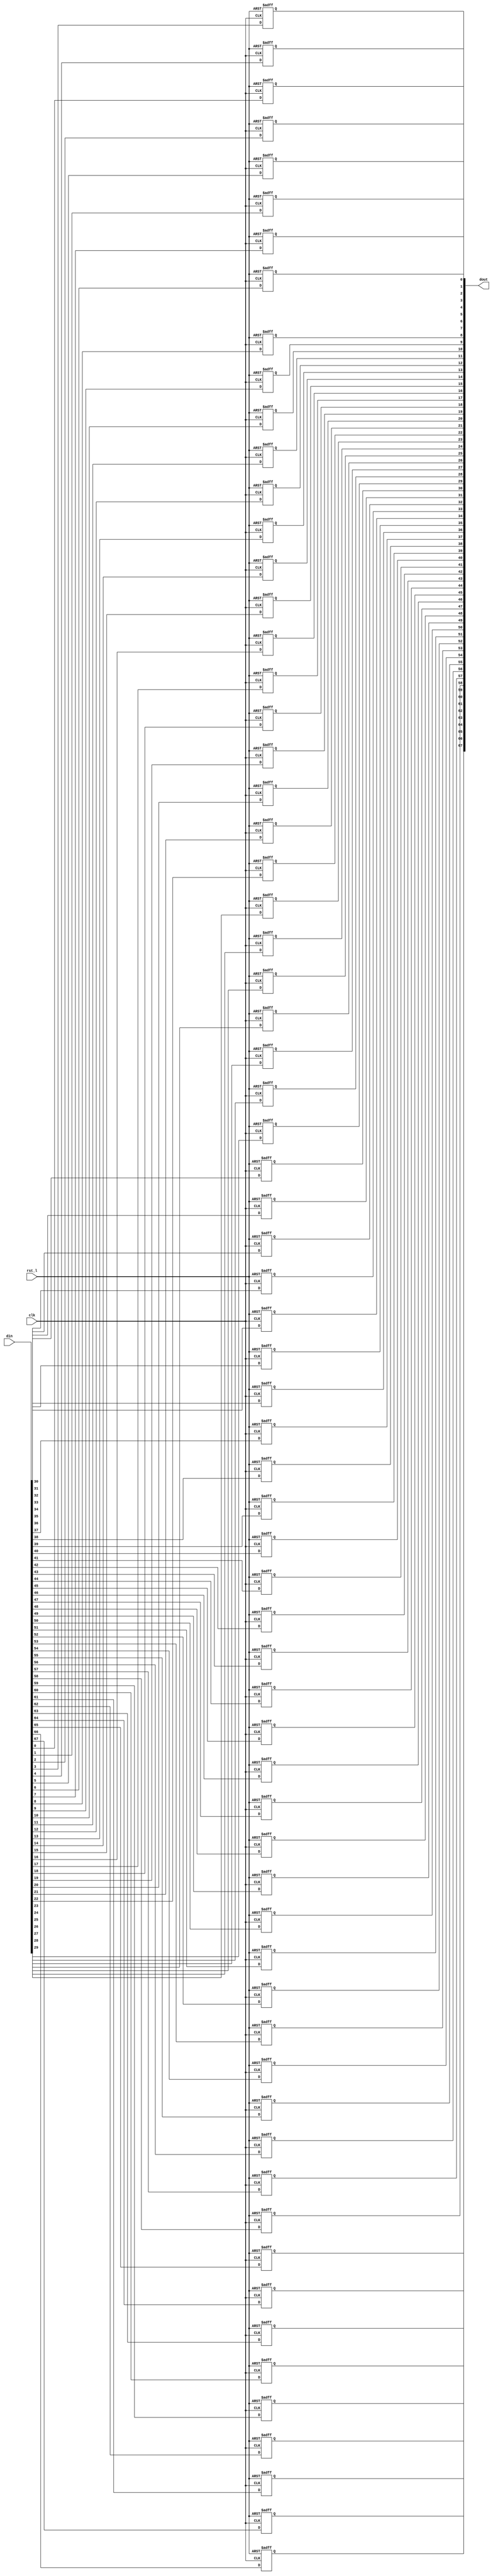
// This program was cloned from: https://github.com/NYU-MLDA/OpenABC
// License: BSD 3-Clause "New" or "Revised" License

module rvdff_WIDTH68
(
  din,
  clk,
  rst_l,
  dout
);

  input [67:0] din;
  output [67:0] dout;
  input clk;
  input rst_l;
  wire N0;
  reg [67:0] dout;

  always @(posedge clk or posedge N0) begin
    if(N0) begin
      dout[67] <= 1'b0;
    end else if(1'b1) begin
      dout[67] <= din[67];
    end
  end


  always @(posedge clk or posedge N0) begin
    if(N0) begin
      dout[66] <= 1'b0;
    end else if(1'b1) begin
      dout[66] <= din[66];
    end
  end


  always @(posedge clk or posedge N0) begin
    if(N0) begin
      dout[65] <= 1'b0;
    end else if(1'b1) begin
      dout[65] <= din[65];
    end
  end


  always @(posedge clk or posedge N0) begin
    if(N0) begin
      dout[64] <= 1'b0;
    end else if(1'b1) begin
      dout[64] <= din[64];
    end
  end


  always @(posedge clk or posedge N0) begin
    if(N0) begin
      dout[63] <= 1'b0;
    end else if(1'b1) begin
      dout[63] <= din[63];
    end
  end


  always @(posedge clk or posedge N0) begin
    if(N0) begin
      dout[62] <= 1'b0;
    end else if(1'b1) begin
      dout[62] <= din[62];
    end
  end


  always @(posedge clk or posedge N0) begin
    if(N0) begin
      dout[61] <= 1'b0;
    end else if(1'b1) begin
      dout[61] <= din[61];
    end
  end


  always @(posedge clk or posedge N0) begin
    if(N0) begin
      dout[60] <= 1'b0;
    end else if(1'b1) begin
      dout[60] <= din[60];
    end
  end


  always @(posedge clk or posedge N0) begin
    if(N0) begin
      dout[59] <= 1'b0;
    end else if(1'b1) begin
      dout[59] <= din[59];
    end
  end


  always @(posedge clk or posedge N0) begin
    if(N0) begin
      dout[58] <= 1'b0;
    end else if(1'b1) begin
      dout[58] <= din[58];
    end
  end


  always @(posedge clk or posedge N0) begin
    if(N0) begin
      dout[57] <= 1'b0;
    end else if(1'b1) begin
      dout[57] <= din[57];
    end
  end


  always @(posedge clk or posedge N0) begin
    if(N0) begin
      dout[56] <= 1'b0;
    end else if(1'b1) begin
      dout[56] <= din[56];
    end
  end


  always @(posedge clk or posedge N0) begin
    if(N0) begin
      dout[55] <= 1'b0;
    end else if(1'b1) begin
      dout[55] <= din[55];
    end
  end


  always @(posedge clk or posedge N0) begin
    if(N0) begin
      dout[54] <= 1'b0;
    end else if(1'b1) begin
      dout[54] <= din[54];
    end
  end


  always @(posedge clk or posedge N0) begin
    if(N0) begin
      dout[53] <= 1'b0;
    end else if(1'b1) begin
      dout[53] <= din[53];
    end
  end


  always @(posedge clk or posedge N0) begin
    if(N0) begin
      dout[52] <= 1'b0;
    end else if(1'b1) begin
      dout[52] <= din[52];
    end
  end


  always @(posedge clk or posedge N0) begin
    if(N0) begin
      dout[51] <= 1'b0;
    end else if(1'b1) begin
      dout[51] <= din[51];
    end
  end


  always @(posedge clk or posedge N0) begin
    if(N0) begin
      dout[50] <= 1'b0;
    end else if(1'b1) begin
      dout[50] <= din[50];
    end
  end


  always @(posedge clk or posedge N0) begin
    if(N0) begin
      dout[49] <= 1'b0;
    end else if(1'b1) begin
      dout[49] <= din[49];
    end
  end


  always @(posedge clk or posedge N0) begin
    if(N0) begin
      dout[48] <= 1'b0;
    end else if(1'b1) begin
      dout[48] <= din[48];
    end
  end


  always @(posedge clk or posedge N0) begin
    if(N0) begin
      dout[47] <= 1'b0;
    end else if(1'b1) begin
      dout[47] <= din[47];
    end
  end


  always @(posedge clk or posedge N0) begin
    if(N0) begin
      dout[46] <= 1'b0;
    end else if(1'b1) begin
      dout[46] <= din[46];
    end
  end


  always @(posedge clk or posedge N0) begin
    if(N0) begin
      dout[45] <= 1'b0;
    end else if(1'b1) begin
      dout[45] <= din[45];
    end
  end


  always @(posedge clk or posedge N0) begin
    if(N0) begin
      dout[44] <= 1'b0;
    end else if(1'b1) begin
      dout[44] <= din[44];
    end
  end


  always @(posedge clk or posedge N0) begin
    if(N0) begin
      dout[43] <= 1'b0;
    end else if(1'b1) begin
      dout[43] <= din[43];
    end
  end


  always @(posedge clk or posedge N0) begin
    if(N0) begin
      dout[42] <= 1'b0;
    end else if(1'b1) begin
      dout[42] <= din[42];
    end
  end


  always @(posedge clk or posedge N0) begin
    if(N0) begin
      dout[41] <= 1'b0;
    end else if(1'b1) begin
      dout[41] <= din[41];
    end
  end


  always @(posedge clk or posedge N0) begin
    if(N0) begin
      dout[40] <= 1'b0;
    end else if(1'b1) begin
      dout[40] <= din[40];
    end
  end


  always @(posedge clk or posedge N0) begin
    if(N0) begin
      dout[39] <= 1'b0;
    end else if(1'b1) begin
      dout[39] <= din[39];
    end
  end


  always @(posedge clk or posedge N0) begin
    if(N0) begin
      dout[38] <= 1'b0;
    end else if(1'b1) begin
      dout[38] <= din[38];
    end
  end


  always @(posedge clk or posedge N0) begin
    if(N0) begin
      dout[37] <= 1'b0;
    end else if(1'b1) begin
      dout[37] <= din[37];
    end
  end


  always @(posedge clk or posedge N0) begin
    if(N0) begin
      dout[36] <= 1'b0;
    end else if(1'b1) begin
      dout[36] <= din[36];
    end
  end


  always @(posedge clk or posedge N0) begin
    if(N0) begin
      dout[35] <= 1'b0;
    end else if(1'b1) begin
      dout[35] <= din[35];
    end
  end


  always @(posedge clk or posedge N0) begin
    if(N0) begin
      dout[34] <= 1'b0;
    end else if(1'b1) begin
      dout[34] <= din[34];
    end
  end


  always @(posedge clk or posedge N0) begin
    if(N0) begin
      dout[33] <= 1'b0;
    end else if(1'b1) begin
      dout[33] <= din[33];
    end
  end


  always @(posedge clk or posedge N0) begin
    if(N0) begin
      dout[32] <= 1'b0;
    end else if(1'b1) begin
      dout[32] <= din[32];
    end
  end


  always @(posedge clk or posedge N0) begin
    if(N0) begin
      dout[31] <= 1'b0;
    end else if(1'b1) begin
      dout[31] <= din[31];
    end
  end


  always @(posedge clk or posedge N0) begin
    if(N0) begin
      dout[30] <= 1'b0;
    end else if(1'b1) begin
      dout[30] <= din[30];
    end
  end


  always @(posedge clk or posedge N0) begin
    if(N0) begin
      dout[29] <= 1'b0;
    end else if(1'b1) begin
      dout[29] <= din[29];
    end
  end


  always @(posedge clk or posedge N0) begin
    if(N0) begin
      dout[28] <= 1'b0;
    end else if(1'b1) begin
      dout[28] <= din[28];
    end
  end


  always @(posedge clk or posedge N0) begin
    if(N0) begin
      dout[27] <= 1'b0;
    end else if(1'b1) begin
      dout[27] <= din[27];
    end
  end


  always @(posedge clk or posedge N0) begin
    if(N0) begin
      dout[26] <= 1'b0;
    end else if(1'b1) begin
      dout[26] <= din[26];
    end
  end


  always @(posedge clk or posedge N0) begin
    if(N0) begin
      dout[25] <= 1'b0;
    end else if(1'b1) begin
      dout[25] <= din[25];
    end
  end


  always @(posedge clk or posedge N0) begin
    if(N0) begin
      dout[24] <= 1'b0;
    end else if(1'b1) begin
      dout[24] <= din[24];
    end
  end


  always @(posedge clk or posedge N0) begin
    if(N0) begin
      dout[23] <= 1'b0;
    end else if(1'b1) begin
      dout[23] <= din[23];
    end
  end


  always @(posedge clk or posedge N0) begin
    if(N0) begin
      dout[22] <= 1'b0;
    end else if(1'b1) begin
      dout[22] <= din[22];
    end
  end


  always @(posedge clk or posedge N0) begin
    if(N0) begin
      dout[21] <= 1'b0;
    end else if(1'b1) begin
      dout[21] <= din[21];
    end
  end


  always @(posedge clk or posedge N0) begin
    if(N0) begin
      dout[20] <= 1'b0;
    end else if(1'b1) begin
      dout[20] <= din[20];
    end
  end


  always @(posedge clk or posedge N0) begin
    if(N0) begin
      dout[19] <= 1'b0;
    end else if(1'b1) begin
      dout[19] <= din[19];
    end
  end


  always @(posedge clk or posedge N0) begin
    if(N0) begin
      dout[18] <= 1'b0;
    end else if(1'b1) begin
      dout[18] <= din[18];
    end
  end


  always @(posedge clk or posedge N0) begin
    if(N0) begin
      dout[17] <= 1'b0;
    end else if(1'b1) begin
      dout[17] <= din[17];
    end
  end


  always @(posedge clk or posedge N0) begin
    if(N0) begin
      dout[16] <= 1'b0;
    end else if(1'b1) begin
      dout[16] <= din[16];
    end
  end


  always @(posedge clk or posedge N0) begin
    if(N0) begin
      dout[15] <= 1'b0;
    end else if(1'b1) begin
      dout[15] <= din[15];
    end
  end


  always @(posedge clk or posedge N0) begin
    if(N0) begin
      dout[14] <= 1'b0;
    end else if(1'b1) begin
      dout[14] <= din[14];
    end
  end


  always @(posedge clk or posedge N0) begin
    if(N0) begin
      dout[13] <= 1'b0;
    end else if(1'b1) begin
      dout[13] <= din[13];
    end
  end


  always @(posedge clk or posedge N0) begin
    if(N0) begin
      dout[12] <= 1'b0;
    end else if(1'b1) begin
      dout[12] <= din[12];
    end
  end


  always @(posedge clk or posedge N0) begin
    if(N0) begin
      dout[11] <= 1'b0;
    end else if(1'b1) begin
      dout[11] <= din[11];
    end
  end


  always @(posedge clk or posedge N0) begin
    if(N0) begin
      dout[10] <= 1'b0;
    end else if(1'b1) begin
      dout[10] <= din[10];
    end
  end


  always @(posedge clk or posedge N0) begin
    if(N0) begin
      dout[9] <= 1'b0;
    end else if(1'b1) begin
      dout[9] <= din[9];
    end
  end


  always @(posedge clk or posedge N0) begin
    if(N0) begin
      dout[8] <= 1'b0;
    end else if(1'b1) begin
      dout[8] <= din[8];
    end
  end


  always @(posedge clk or posedge N0) begin
    if(N0) begin
      dout[7] <= 1'b0;
    end else if(1'b1) begin
      dout[7] <= din[7];
    end
  end


  always @(posedge clk or posedge N0) begin
    if(N0) begin
      dout[6] <= 1'b0;
    end else if(1'b1) begin
      dout[6] <= din[6];
    end
  end


  always @(posedge clk or posedge N0) begin
    if(N0) begin
      dout[5] <= 1'b0;
    end else if(1'b1) begin
      dout[5] <= din[5];
    end
  end


  always @(posedge clk or posedge N0) begin
    if(N0) begin
      dout[4] <= 1'b0;
    end else if(1'b1) begin
      dout[4] <= din[4];
    end
  end


  always @(posedge clk or posedge N0) begin
    if(N0) begin
      dout[3] <= 1'b0;
    end else if(1'b1) begin
      dout[3] <= din[3];
    end
  end


  always @(posedge clk or posedge N0) begin
    if(N0) begin
      dout[2] <= 1'b0;
    end else if(1'b1) begin
      dout[2] <= din[2];
    end
  end


  always @(posedge clk or posedge N0) begin
    if(N0) begin
      dout[1] <= 1'b0;
    end else if(1'b1) begin
      dout[1] <= din[1];
    end
  end


  always @(posedge clk or posedge N0) begin
    if(N0) begin
      dout[0] <= 1'b0;
    end else if(1'b1) begin
      dout[0] <= din[0];
    end
  end

  assign N0 = ~rst_l;

endmodule